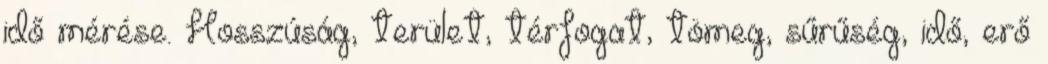
idő mérése. Hosszúság, terület, térfogat, tömeg, sűrűség, idő, erő